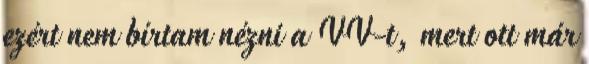
ezért nem bírtam nézni a VV-t, mert ott már